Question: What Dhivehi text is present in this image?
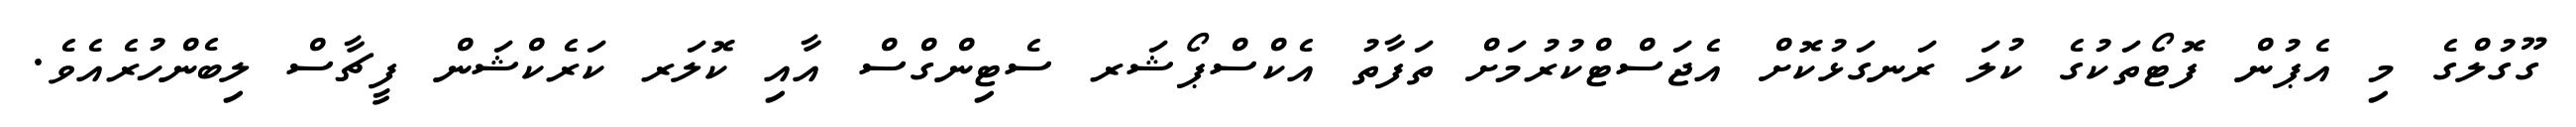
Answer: ގޫގުލްގެ މި އެޕުން ފޮޓޯތަކުގެ ކުލަ ރަނގަޅުކޮށް އެޖަސްޓްކުރުމަށް ތަފާތު އެކްސްޕޯޝަރ ސެޓިންގްސް އާއި ކޮލަރ ކަރެކްޝަން ފީޗާސް ލިބެންހުރެއެވެ.